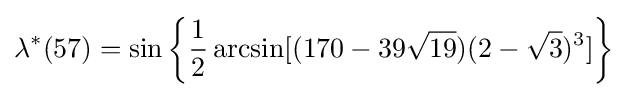
\lambda ^{*}(57)=\sin \left\{{\frac {1}{2}}\arcsin[(170-39{\sqrt {19}})(2-{\sqrt {3}})^{3}]\right\}